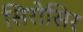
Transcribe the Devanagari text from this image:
सिरोसिर